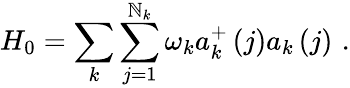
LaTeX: H_{0}=\sum_{k}\sum_{j=1}^{\mathbb{N}_{k}}\omega_{k}a_{k}^{+}\left(j\right)a_{k}\left(j\right)\, \, .